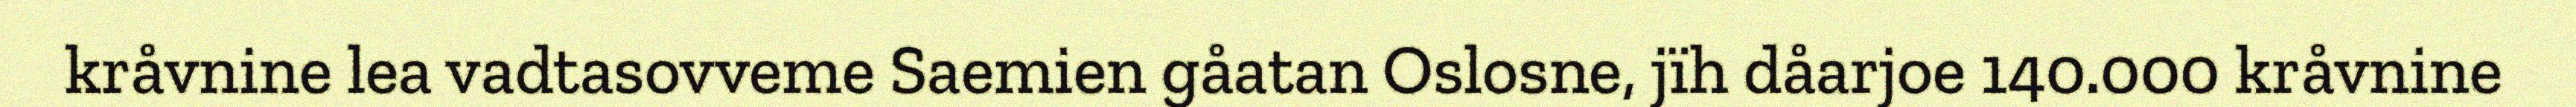
kråvnine lea vadtasovveme Saemien gåatan Oslosne, jïh dåarjoe 140.000 kråvnine